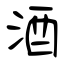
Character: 酒